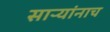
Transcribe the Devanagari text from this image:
साऱ्यांनाच